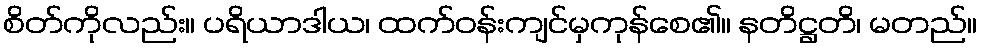
စိတ်ကိုလည်း။ ပရိယာဒါယ၊ ထက်ဝန်းကျင်မှကုန်စေ၏။ နတိဋ္ဌတိ၊ မတည်။